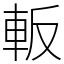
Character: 䡊